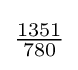
{\textstyle {\frac {1351}{780}}}